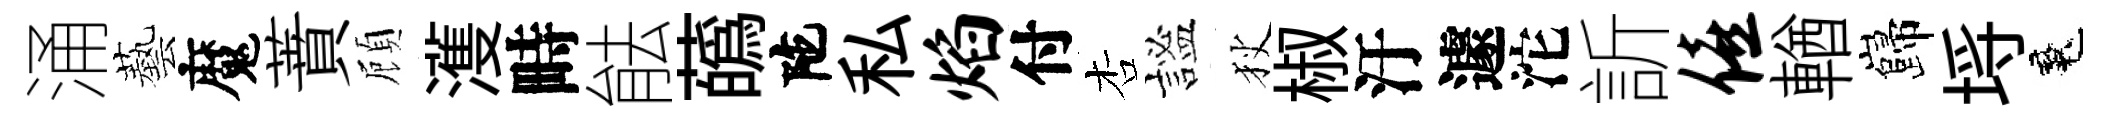
涌藝魔蕡頋濩畤䏻蘤陀私焰付杏謐狄椒汙遽沱訢僖輶巋埓魂